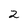
Character: 2